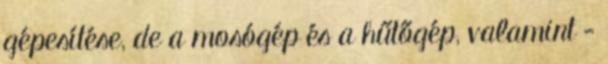
gépesítése, de a mosógép és a hűtőgép, valamint -